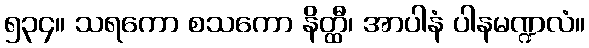
၅၃၄။ သရကော စသကော နိတ္ထီ၊ အာပါနံ ပါနမဏ္ဍလံ။